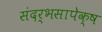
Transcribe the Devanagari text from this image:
संदर्भसापेक्ष